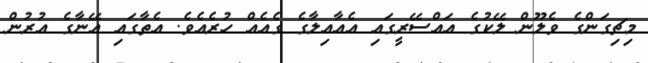
މިޗިގަންގެ ވެލޫން ލޭކުގެ އައްސޭރީގައި އެއާއިލާގެ ގެއެއް ހުރެއެވެ. އެތާގައި އޭނާގެ އުރުން